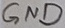
Text: GND